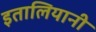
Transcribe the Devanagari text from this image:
इतालियानी